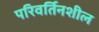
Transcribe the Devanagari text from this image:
परिवर्तिनशील